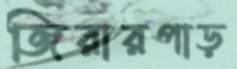
জিরারপাড়